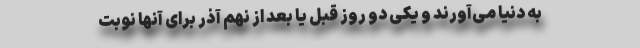
به دنیا می‌آورند و یکی دو روز قبل یا بعد از نهم آذر برای آنها نوبت